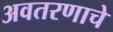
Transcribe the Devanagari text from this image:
अवतरणाचे